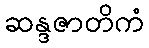
ဆန္ဒဇာတိကံ